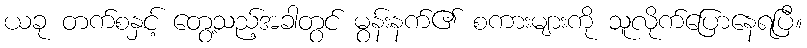
ယခု တက်စနှင့် တွေ့သည့်အခါတွင် မွန်းနက်၏ စကားများကို သူလိုက်ပြောနေရပြီ။